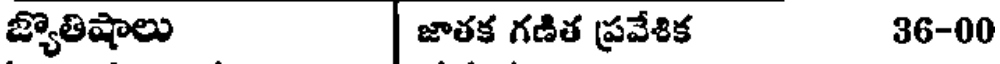
జ్యొతిషాలు | జాతక గణిత ప్రవేశిక 36-00